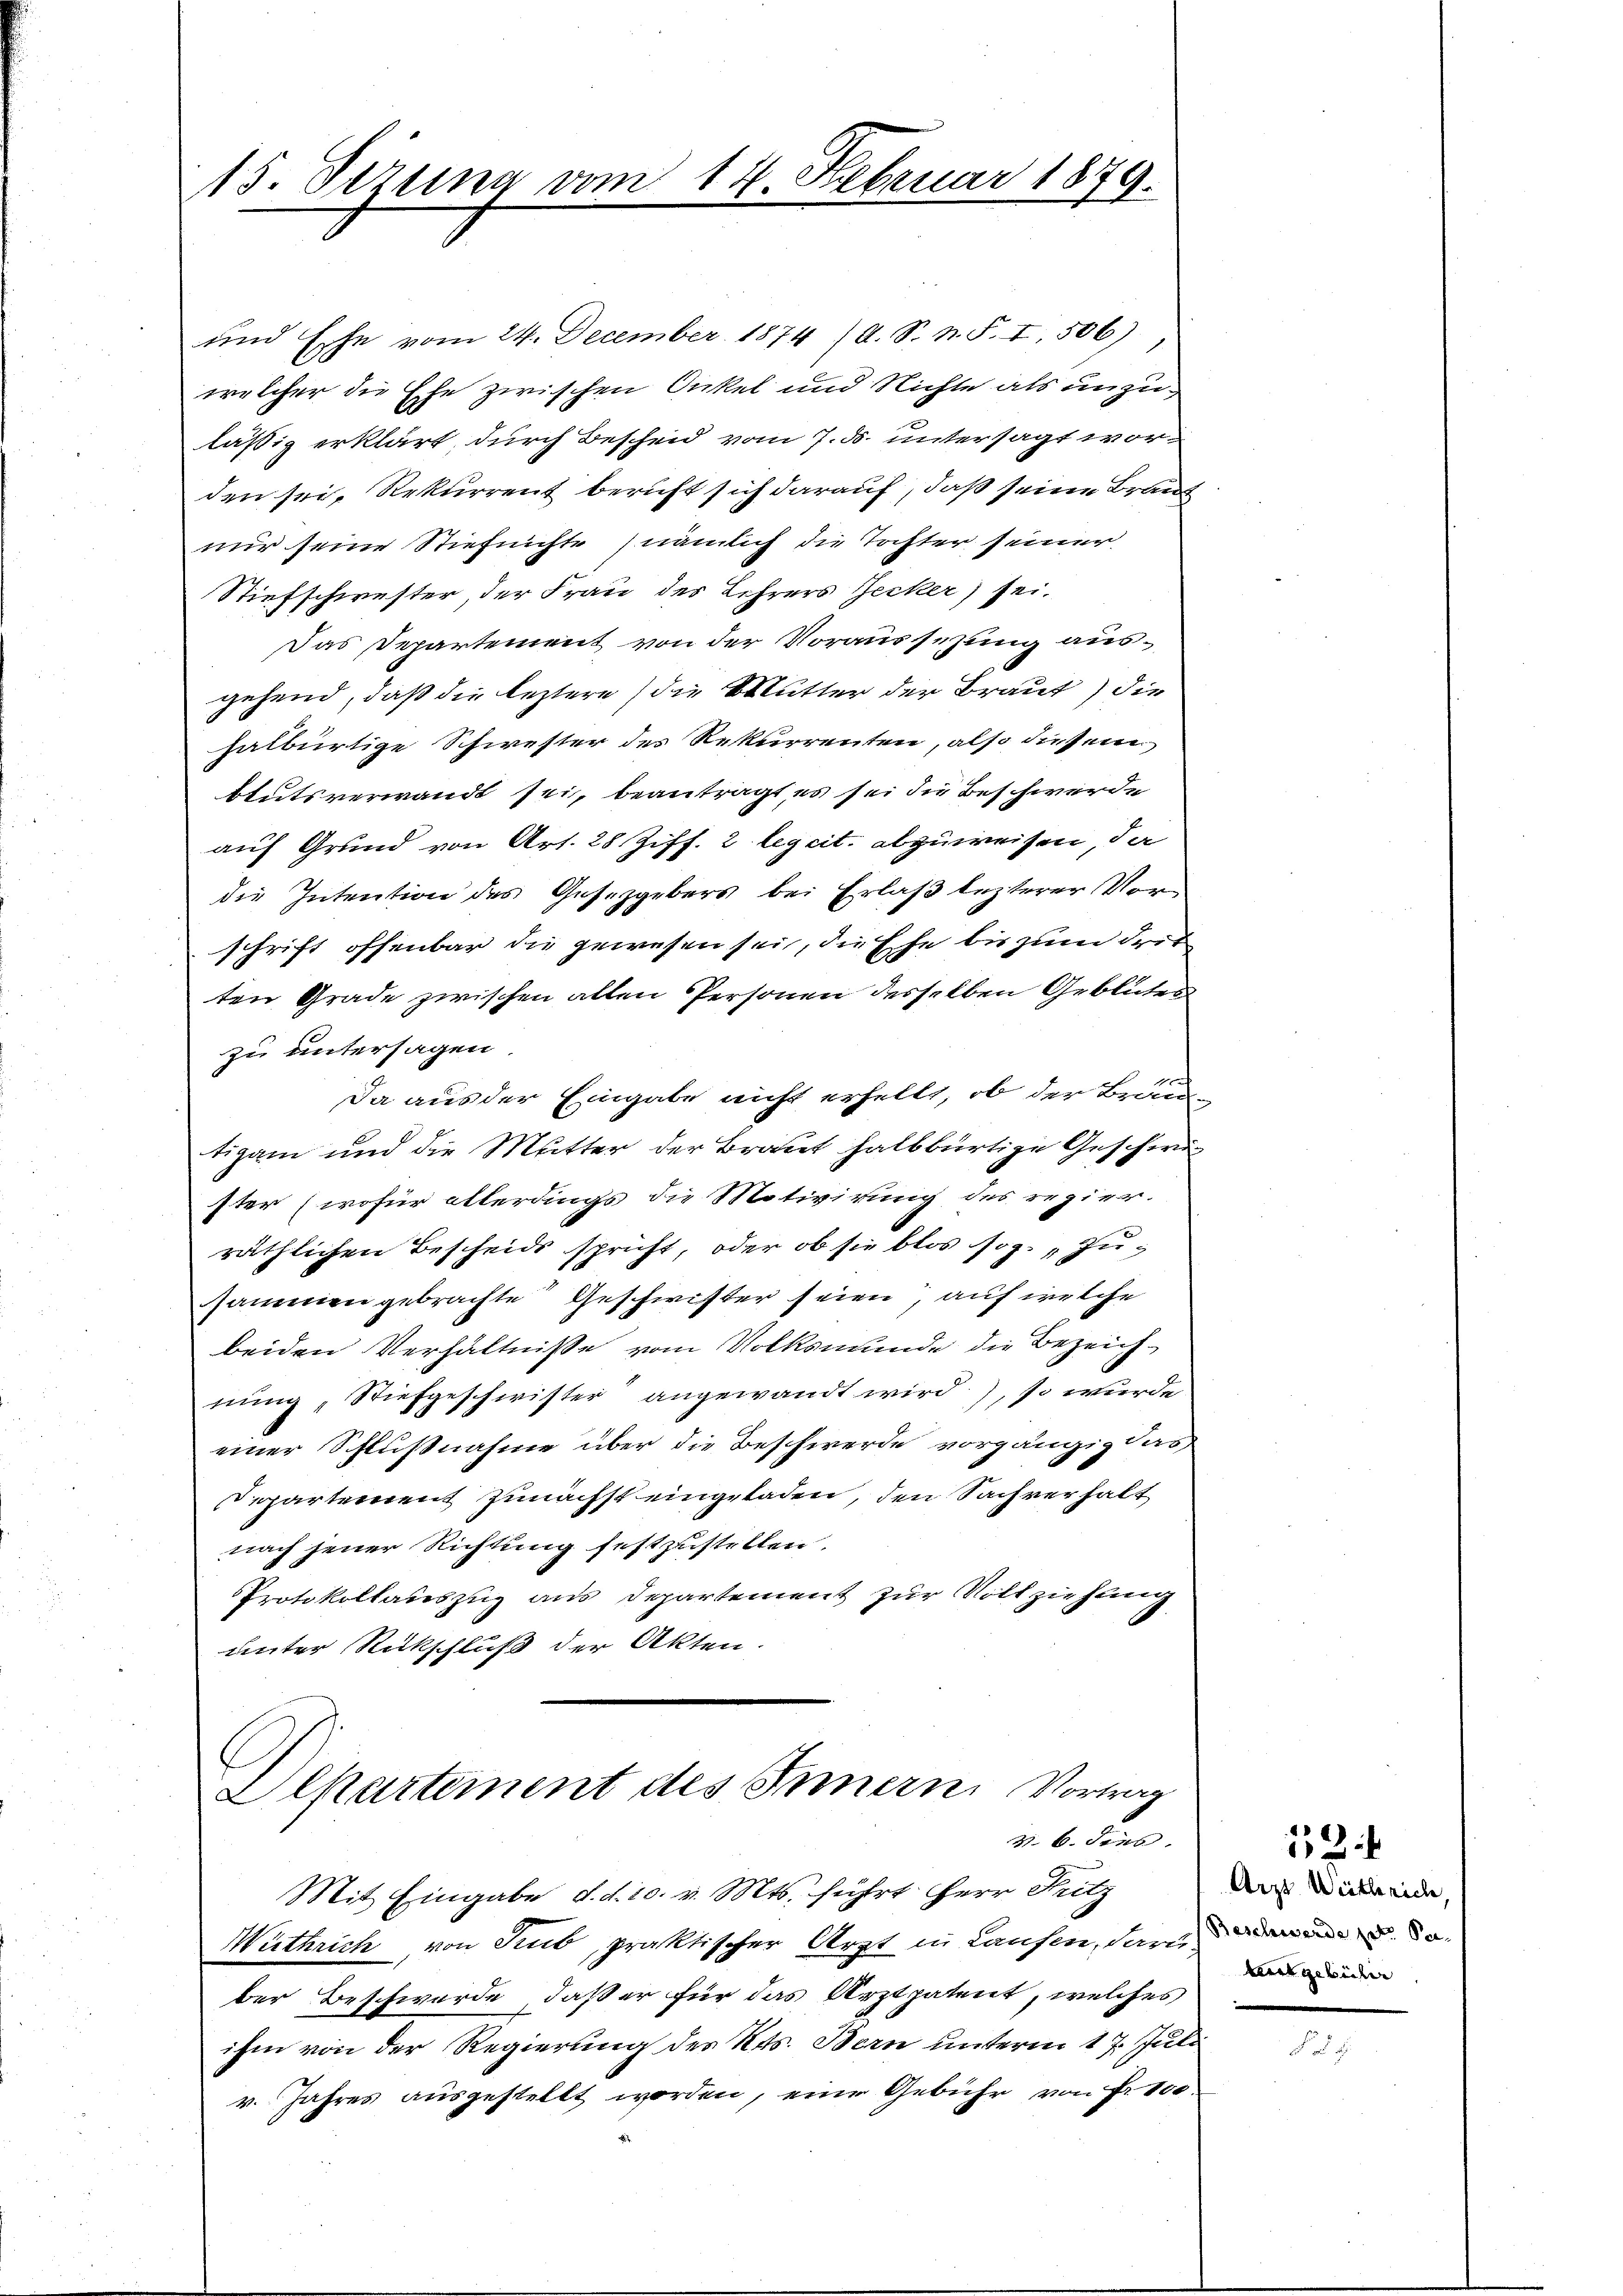
15. Sezung vom 14. Februar 1879.

und Esche vom 24. December 1874 (A. S. n. F. I. 506)
welcher die Ehe zwischen Onkel und Nichte als unzuläßig erklärt durch Bescheid vom 7. ds. untersagt worden sei, Rekurrent beruft sich darauf, daß seine Braut
nur seine Stiefnichte (nämlich die Tochter seiner
Stiefschwester, der Frau des Lehrers Jecker) sei.
Das Departement von der Voraussezung ausgehend, daß die leztere (die Mutter der Braut) die
halbürtige Schwester des Rekurrenten, also diesem
btutsverwandt sei, beantragt es sei die Beschwerde
auf Grund von Art. 28 Ziff. 2 legeit. abzuweisen, da
die Intention des Gesetzgebers bei Erlaß lezterer Vorschrift offenbar die gewesen sei, die Ehe bis zum Frit
ten Grade zwischen allen Personen desselben Geblutes
zu untersagen.
Da aus der Eingabe nicht erhellt, ob der Braun
tigam und die Mutter der Braut halbbürtige Geschwi
ster (wofür allerdings die Motivirung des regier-
räthlichen Bescheids spricht, oder ob sie blos sog. „Zusammen gebrachte Geschwister seien, auf welche
beiden Verhältnisse vom Volksmunde die Bezeichnung, Stiefgeschwister angewandt wird), so wurde
einer Schlußnahme über die Beschwerde vorgängig das
epartement zunächst eingeladen, den Sachverhalt
nach jener Richtung festzustellen.
Protokollauszug aus Departement zur Vollziehung
unter Rückschluß der Akten.

Departement des Innern Vortrag
v. 6. Jenb

Mit Eingabe d. d. 10. v. Mts. führt Herr Fritz
Wüthrich, von Stub, praktischer Arzt in Laufen, darau do
ber Beschwerde, daß er für das Arztpatent, welches
ihm von der Regierung des Kts. Bern unterm 17. Juli
r. Jahres ausgestellt worden, eine Gebühr von Fr. 100

1
Arzt Weitherich,
ta gebeter